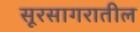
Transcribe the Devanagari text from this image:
सूरसागरातील